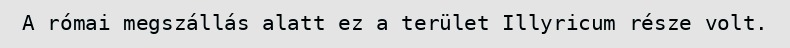
A római megszállás alatt ez a terület Illyricum része volt.